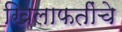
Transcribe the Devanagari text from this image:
खिलाफतींचे